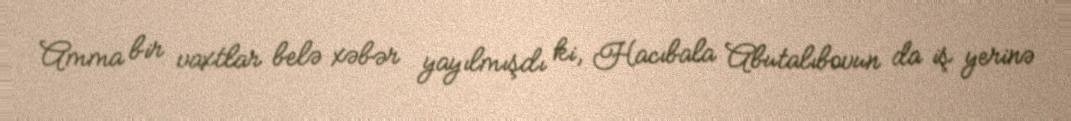
Amma bir vaxtlar belə xəbər yayılmışdı ki, Hacıbala Abutalıbovun da iş yerinə